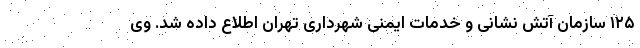
١٢۵ سازمان آتش نشانی و خدمات ایمنی شهرداری تهران اطلاع داده شد. وی